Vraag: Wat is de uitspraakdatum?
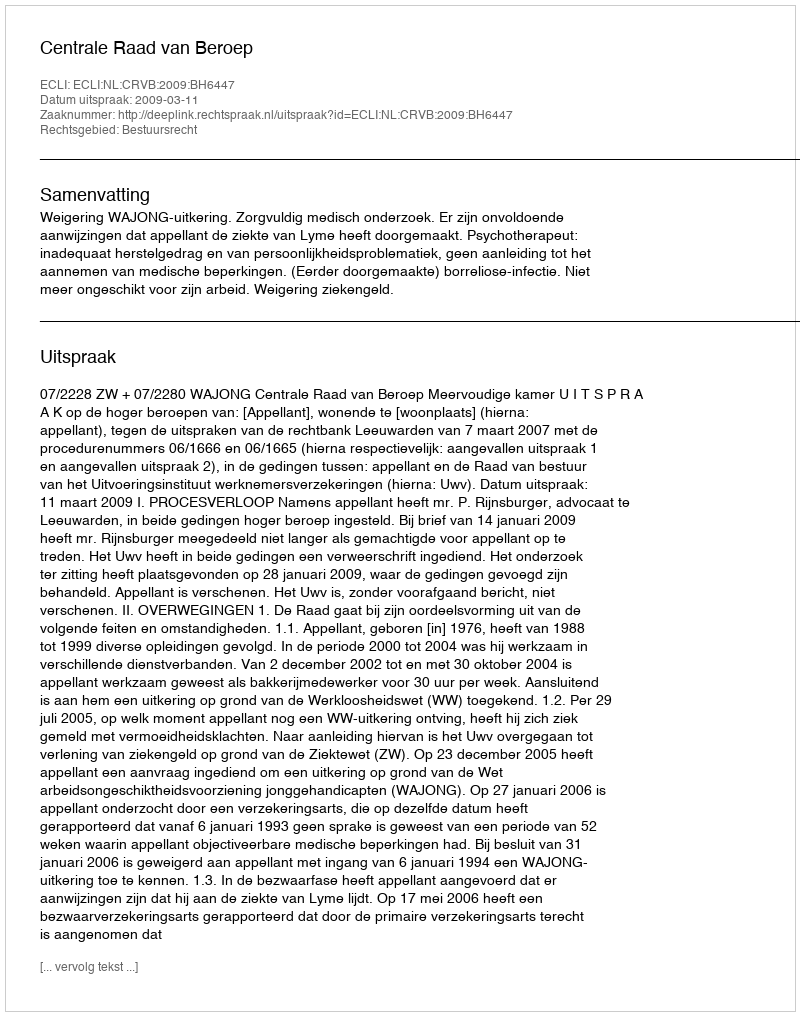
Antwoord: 2009-03-11